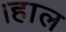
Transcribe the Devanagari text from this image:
।हाल